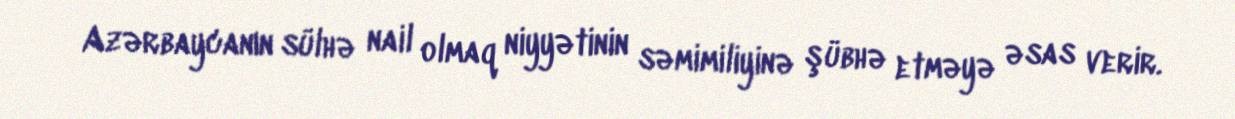
Azərbaycanın sülhə nail olmaq niyyətinin səmimiliyinə şübhə etməyə əsas verir.